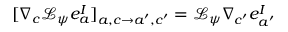
[ \nabla _ { c } \mathcal { L } _ { \psi } e _ { a } ^ { I } ] _ { a , c \rightarrow a ^ { \prime } , c ^ { \prime } } = \mathcal { L } _ { \psi } \nabla _ { c ^ { \prime } } e _ { a ^ { \prime } } ^ { I }